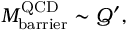
M _ { \mathrm { b a r r i e r } } ^ { \mathrm { Q C D } } \sim Q ^ { \prime } ,